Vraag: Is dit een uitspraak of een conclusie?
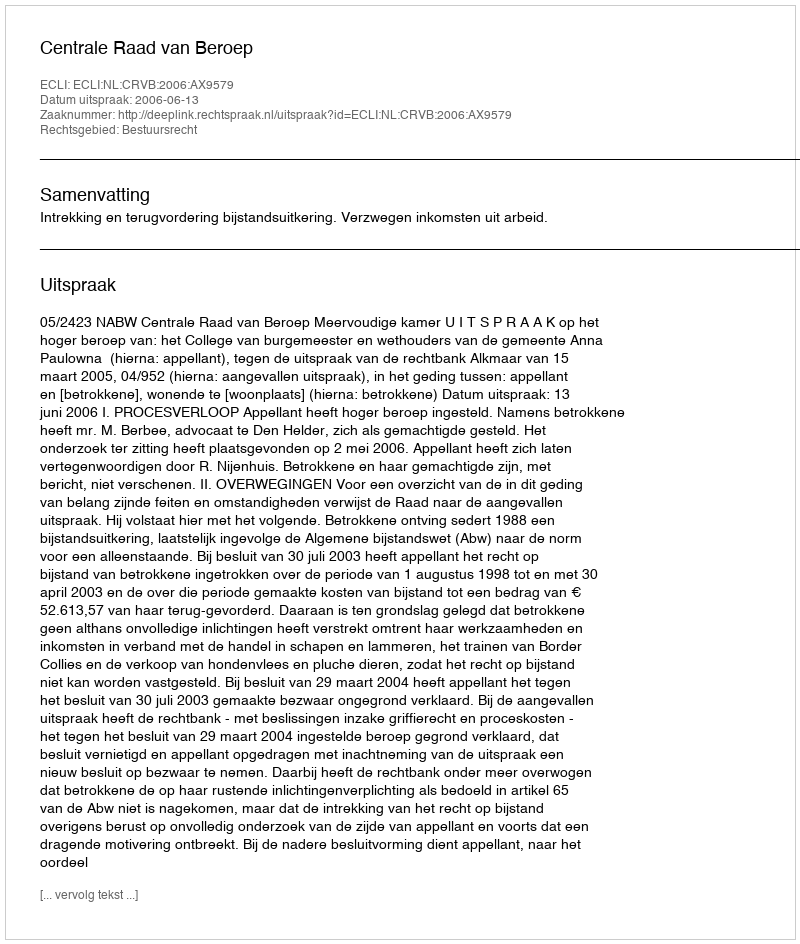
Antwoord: Uitspraak